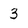
Character: 3